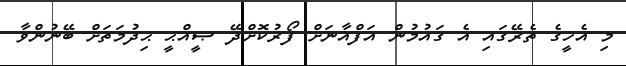
މި އެހީގެ ތެރޭގައި އެ ގައުމުން އަފްޣާނަށް ފޯރުކޮށްދޭ ޞީއްޙީ ޙިދުމަތަށް ބޭނުންވާ